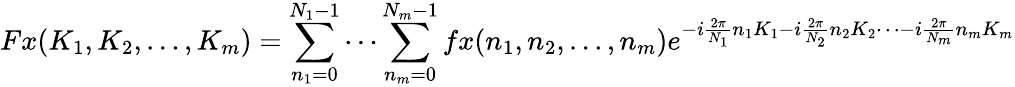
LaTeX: Fx(K_{1},K_{2},\ldots,K_{m})=\sum_{n_{1}=0}^{N_{1}-1}\cdots\sum_{n_{m}=0}^{N_{m}-1}fx(n_{1},n_{2},\ldots,n_{m})e^{-i{\frac{2\pi}{N_{1}}}n_{1}K_{1}-i{\frac{2\pi}{N_{2}}}n_{2}K_{2}\cdots-i{\frac{2\pi}{N_{m}}}n_{m}K_{m}}